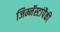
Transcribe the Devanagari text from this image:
जिम्नॅस्टांपैकी